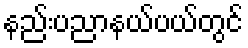
နည်းပညာနယ်ပယ်တွင်